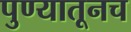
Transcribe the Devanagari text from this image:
पुण्यातूनच